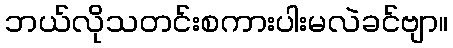
ဘယ်လိုသတင်းစကားပါးမလဲခင်ဗျာ။